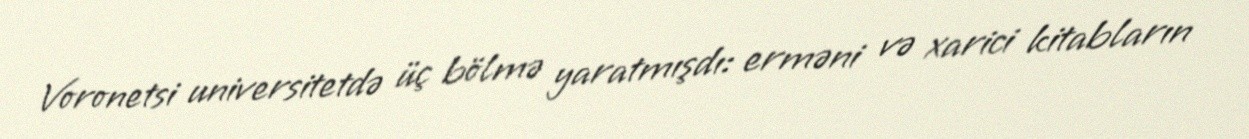
Voronetsi universitetdə üç bölmə yaratmışdı: erməni və xarici kitabların